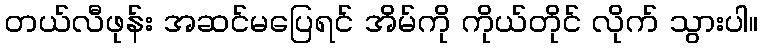
တယ်လီဖုန်း အဆင်မပြေရင် အိမ်ကို ကိုယ်တိုင် လိုက် သွားပါ။